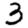
Digit: 3